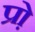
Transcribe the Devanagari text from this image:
प्रो़